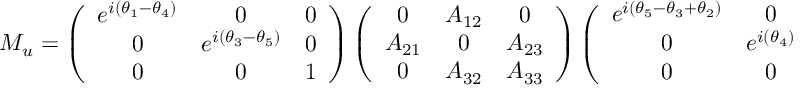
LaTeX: M _ { u } = \left( \begin{array} { c c c } { { e ^ { i ( \theta _ { 1 } - \theta _ { 4 } ) } } } & { { 0 } } & { { 0 } } \\ { { 0 } } & { { e ^ { i ( \theta _ { 3 } - \theta _ { 5 } ) } } } & { { 0 } } \\ { { 0 } } & { { 0 } } & { { 1 } } \end{array} \right) \left( \begin{array} { c c c } { { 0 } } & { { A _ { 1 2 } } } & { { 0 } } \\ { { A _ { 2 1 } } } & { { 0 } } & { { A _ { 2 3 } } } \\ { { 0 } } & { { A _ { 3 2 } } } & { { A _ { 3 3 } } } \end{array} \right) \left( \begin{array} { c c c } { { e ^ { i ( \theta _ { 5 } - \theta _ { 3 } + \theta _ { 2 } ) } } } & { { 0 } } & { { 0 } } \\ { { 0 } } & { { e ^ { i ( \theta _ { 4 } ) } } } & { { 0 } } \\ { { 0 } } & { { 0 } } & { { e ^ { i ( \theta _ { 5 } ) } } } \end{array} \right) \equiv P _ { ( u ) L } \tilde { M _ { u } } P _ { ( u ) R }